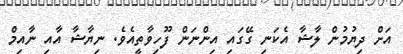
އަށް ދިޔުމުން ލާޝާ އެކަނި ގޭގައި އިންނަން ފޫހިވާތީއެވެ. ނިޔާޝާ އާއި ނާއިމް